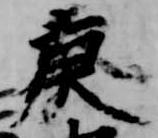
庚